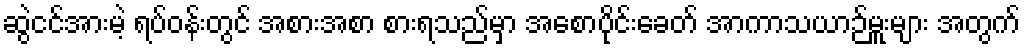
ဆွဲငင်အားမဲ့ ရပ်ဝန်းတွင် အစားအစာ စားရသည်မှာ အစောပိုင်းခေတ် အာကာသယာဉ်မှူးများ အတွက်